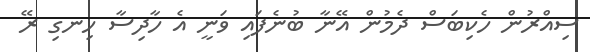
ސިއްރުން ހެކިބަސް ދެމުން އޭނާ ބުނެފައި ވަނީ އެ ހާދިސާ ހިނގި ރޭ